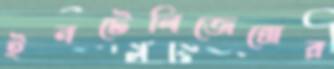
ইনটেলিজেন্সের